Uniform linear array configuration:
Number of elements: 8
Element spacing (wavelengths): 1
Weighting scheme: blackman
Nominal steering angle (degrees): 60
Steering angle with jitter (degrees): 60.131
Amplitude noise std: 0.05
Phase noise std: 0.05

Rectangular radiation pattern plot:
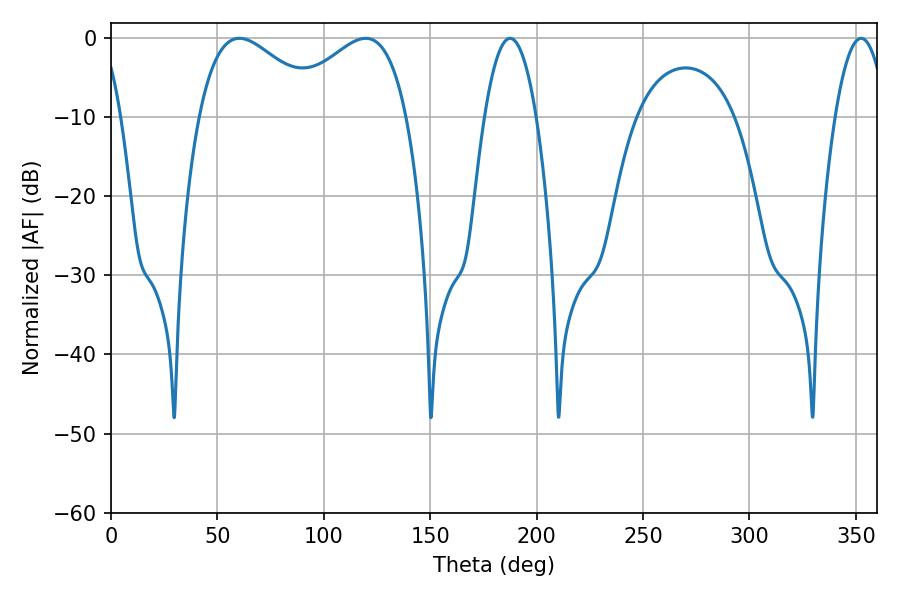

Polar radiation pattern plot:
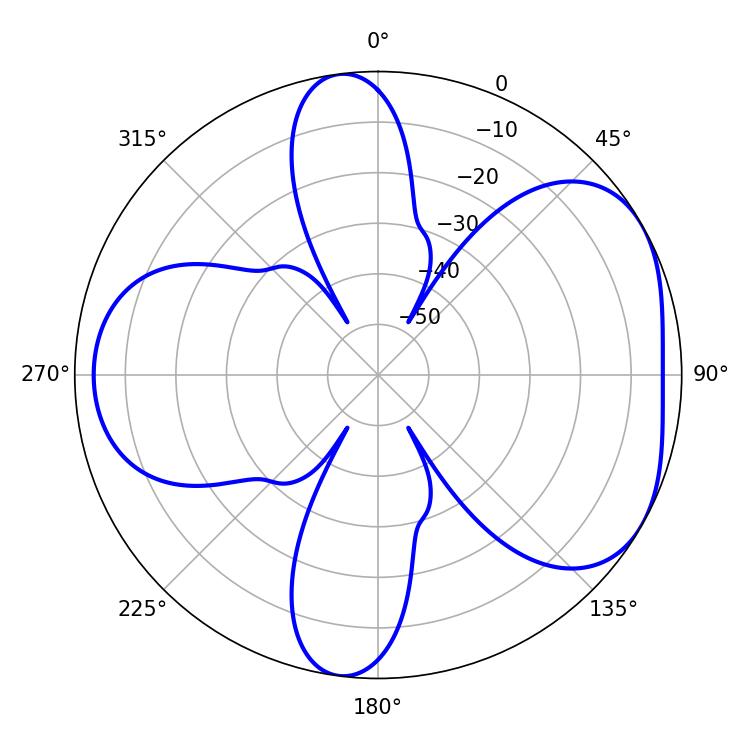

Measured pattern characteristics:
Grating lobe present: TRUE
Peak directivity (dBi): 4.78
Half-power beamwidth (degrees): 31.68
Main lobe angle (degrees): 60.3